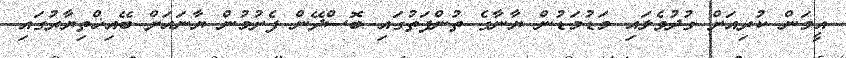
އީމަން ކުރިއަށް ގުދުވެލައި މަޑުމަޑުން ޔާނާގެ ތުންފަތުގައި ބޮސްދޭން ފެށުމުން ޔާނައަށް ބޭއިޚްތިޔާރުގައި